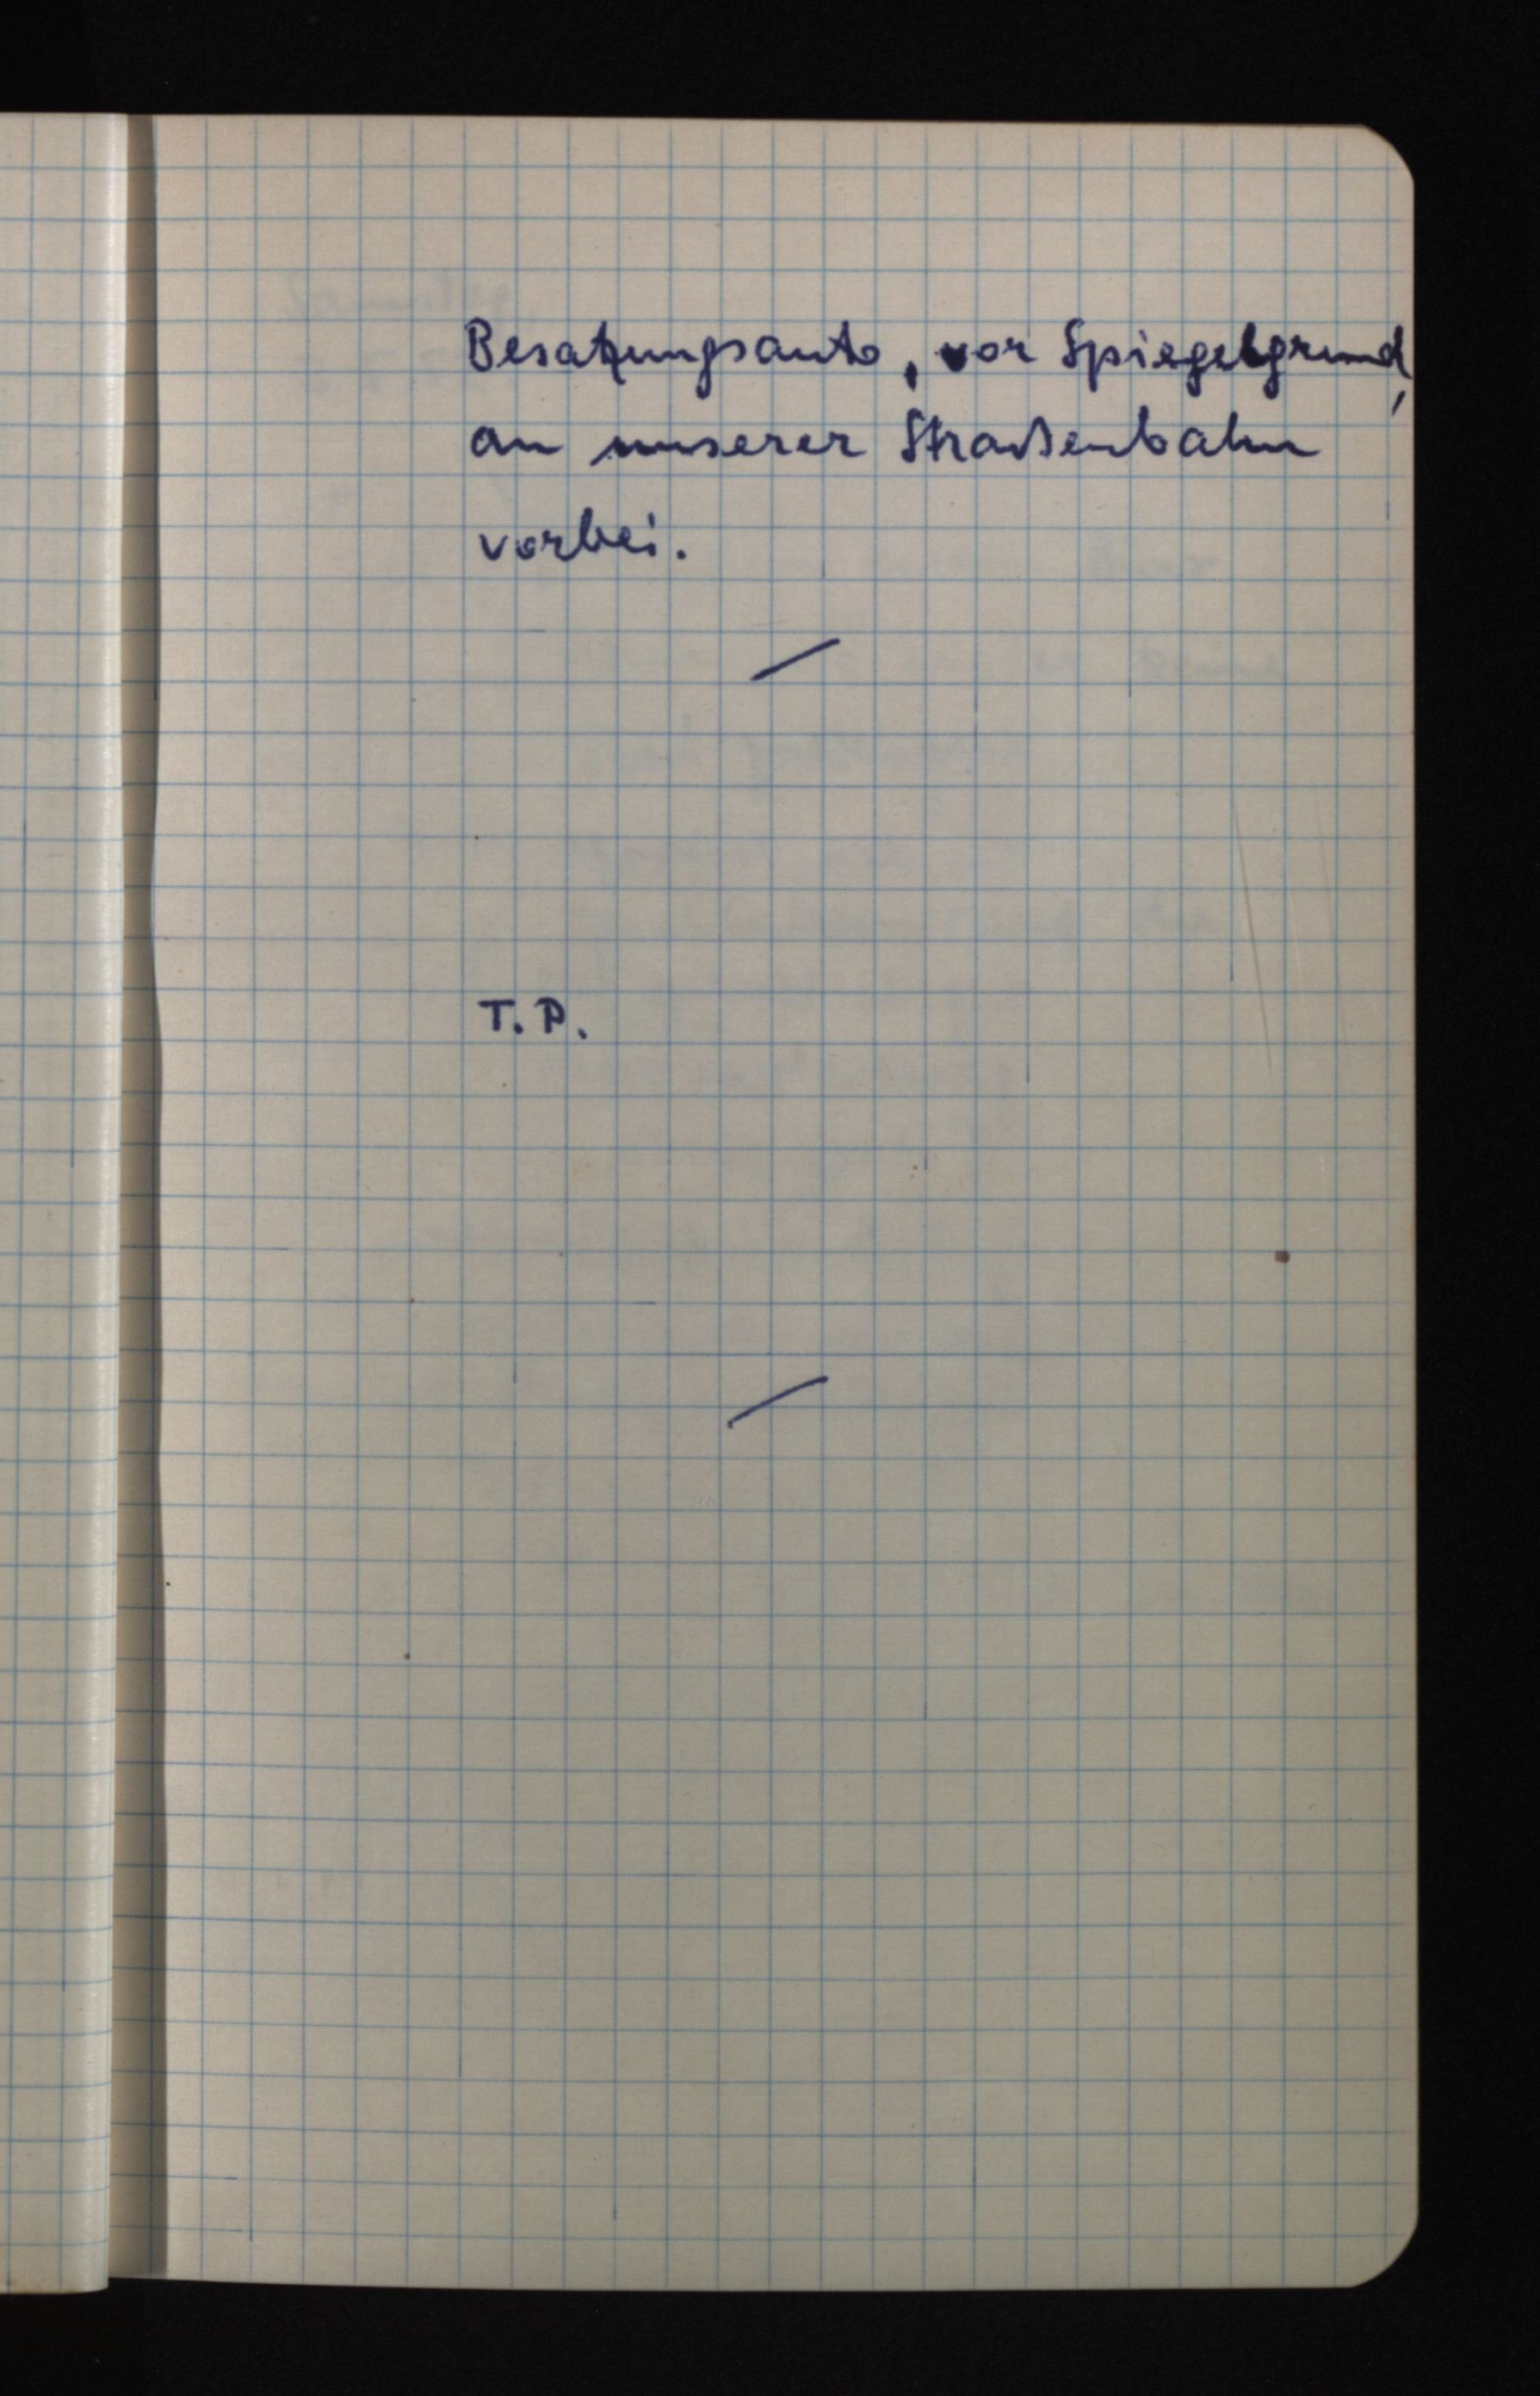
Besatzungsauto, vor Spiegelgrund,
an unserer Straßenbahn
vorbei.
T.P.